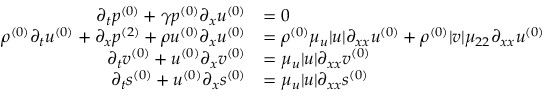
\begin{array} { r l } { \partial _ { t } \ensuremath { p ^ { ( 0 ) } } + \gamma \ensuremath { p ^ { ( 0 ) } } \partial _ { x } \ensuremath { u ^ { ( 0 ) } } } & { = 0 } \\ { \ensuremath { \rho ^ { ( 0 ) } } \partial _ { t } \ensuremath { u ^ { ( 0 ) } } + \partial _ { x } \ensuremath { p ^ { ( 2 ) } } + \ensuremath { \rho u ^ { ( 0 ) } } \partial _ { x } \ensuremath { u ^ { ( 0 ) } } } & { = \ensuremath { \rho ^ { ( 0 ) } } \mu _ { u } | u | \partial _ { x x } \ensuremath { u ^ { ( 0 ) } } + \ensuremath { \rho ^ { ( 0 ) } } | v | \mu _ { 2 2 } \partial _ { x x } \ensuremath { u ^ { ( 0 ) } } } \\ { \partial _ { t } \ensuremath { v ^ { ( 0 ) } } + \ensuremath { u ^ { ( 0 ) } } \partial _ { x } \ensuremath { v ^ { ( 0 ) } } } & { = \mu _ { u } | u | \partial _ { x x } \ensuremath { v ^ { ( 0 ) } } } \\ { \partial _ { t } \ensuremath { s ^ { ( 0 ) } } + \ensuremath { u ^ { ( 0 ) } } \partial _ { x } \ensuremath { s ^ { ( 0 ) } } } & { = \mu _ { u } | u | \partial _ { x x } \ensuremath { s ^ { ( 0 ) } } } \end{array}